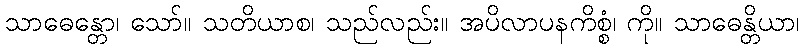
သာဓေန္တော၊ သော်။ သတိယာစ၊ သည်လည်း။ အပိလာပနကိစ္စံ၊ ကို။ သာဓေန္တိယာ၊